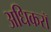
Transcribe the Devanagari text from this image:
अधिकरॉ